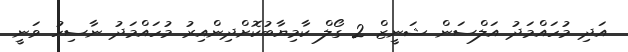
އަދި މުހައްމަދު އަލްސަން ޝަނީޒް 2 ގޯލް ކާމިޔާބުކޮށްދިންއިރު މުހައްމަދު ނާސިހު ވަނީ